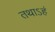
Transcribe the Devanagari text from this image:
तथाऽहं